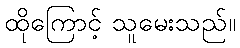
ထိုကြောင့် သူမေးသည်။